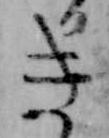
き